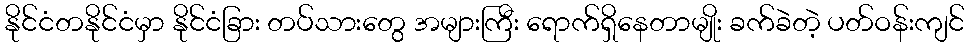
နိုင်ငံတနိုင်ငံမှာ နိုင်ငံခြား တပ်သားတွေ အများကြီး ရောက်ရှိနေတာမျိုး ခက်ခဲတဲ့ ပတ်ဝန်းကျင်